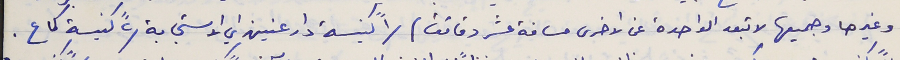
وغيرها وجميعها لا تبعد الواحدة عن الاخرى مسافة عشر دقائق) /١" كنيسة دار عنين اي الاستجابة /٢" كنيسة كماع .